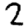
Digit: 2